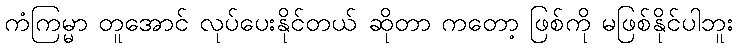
ကံကြမ္မာ တူအောင် လုပ်ပေးနိုင်တယ် ဆိုတာ ကတော့ ဖြစ်ကို မဖြစ်နိုင်ပါဘူး